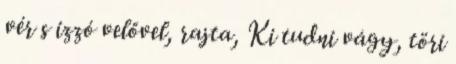
vér s izzó velővel, rajta, Ki tudni vágy, töri